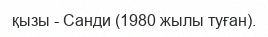
қызы - Санди (1980 жылы туған).